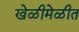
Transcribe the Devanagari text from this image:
खेळीमेळीत